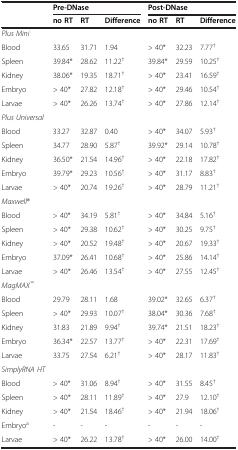
<table><thead><tr><td></td><td colspan="3"><b>Pre-DNase</b></td><td colspan="3"><b>Post-DNase</b></td></tr><tr><td></td><td><b>no RT</b></td><td><b>RT</b></td><td><b>Difference</b></td><td><b>no RT</b></td><td><b>RT</b></td><td><b>Difference</b></td></tr></thead><tbody><tr><td><i>Plus Mini</i></td><td></td><td></td><td></td><td></td><td></td><td></td></tr><tr><td>Blood</td><td>33.65</td><td>31.71</td><td>1.94</td><td>&gt; 40*</td><td>32.23</td><td>7.77<sup>†</sup></td></tr><tr><td>Spleen</td><td>39.84*</td><td>28.62</td><td>11.22<sup>†</sup></td><td>39.84*</td><td>29.59</td><td>10.25<sup>†</sup></td></tr><tr><td>Kidney</td><td>38.06*</td><td>19.35</td><td>18.71<sup>†</sup></td><td>&gt; 40*</td><td>23.41</td><td>16.59<sup>†</sup></td></tr><tr><td>Embryo</td><td>&gt; 40*</td><td>27.82</td><td>12.18<sup>†</sup></td><td>&gt; 40*</td><td>29.46</td><td>10.54<sup>†</sup></td></tr><tr><td>Larvae</td><td>&gt; 40*</td><td>26.26</td><td>13.74<sup>†</sup></td><td>&gt; 40*</td><td>27.86</td><td>12.14<sup>†</sup></td></tr><tr><td><i>Plus Universal</i></td><td></td><td></td><td></td><td></td><td></td><td></td></tr><tr><td>Blood</td><td>33.27</td><td>32.87</td><td>0.40</td><td>&gt; 40*</td><td>34.07</td><td>5.93<sup>†</sup></td></tr><tr><td>Spleen</td><td>34.77</td><td>28.90</td><td>5.87<sup>†</sup></td><td>39.92*</td><td>29.14</td><td>10.78<sup>†</sup></td></tr><tr><td>Kidney</td><td>36.50*</td><td>21.54</td><td>14.96<sup>†</sup></td><td>&gt; 40*</td><td>22.18</td><td>17.82<sup>†</sup></td></tr><tr><td>Embryo</td><td>39.79*</td><td>29.23</td><td>10.56<sup>†</sup></td><td>&gt; 40*</td><td>31.17</td><td>8.83<sup>†</sup></td></tr><tr><td>Larvae</td><td>&gt; 40*</td><td>20.74</td><td>19.26<sup>†</sup></td><td>&gt; 40*</td><td>28.79</td><td>11.21<sup>†</sup></td></tr><tr><td><i>Maxwell</i>®</td><td></td><td></td><td></td><td></td><td></td><td></td></tr><tr><td>Blood</td><td>&gt; 40*</td><td>34.19</td><td>5.81<sup>†</sup></td><td>&gt; 40*</td><td>34.84</td><td>5.16<sup>†</sup></td></tr><tr><td>Spleen</td><td>&gt; 40*</td><td>29.38</td><td>10.62<sup>†</sup></td><td>&gt; 40*</td><td>30.25</td><td>9.75<sup>†</sup></td></tr><tr><td>Kidney</td><td>&gt; 40*</td><td>20.52</td><td>19.48<sup>†</sup></td><td>&gt; 40*</td><td>20.67</td><td>19.33<sup>†</sup></td></tr><tr><td>Embryo</td><td>37.09*</td><td>26.41</td><td>10.68<sup>†</sup></td><td>&gt; 40*</td><td>25.86</td><td>14.14<sup>†</sup></td></tr><tr><td>Larvae</td><td>&gt; 40*</td><td>26.46</td><td>13.54<sup>†</sup></td><td>&gt; 40*</td><td>27.55</td><td>12.45<sup>†</sup></td></tr><tr><td><i>MagMAX</i><sup><i>TM</i></sup></td><td></td><td></td><td></td><td></td><td></td><td></td></tr><tr><td>Blood</td><td>29.79</td><td>28.11</td><td>1.68</td><td>39.02*</td><td>32.65</td><td>6.37<sup>†</sup></td></tr><tr><td>Spleen</td><td>&gt; 40*</td><td>29.93</td><td>10.07<sup>†</sup></td><td>38.04*</td><td>30.36</td><td>7.68<sup>†</sup></td></tr><tr><td>Kidney</td><td>31.83</td><td>21.89</td><td>9.94<sup>†</sup></td><td>39.74*</td><td>21.51</td><td>18.23<sup>†</sup></td></tr><tr><td>Embryo</td><td>36.34*</td><td>22.57</td><td>13.77<sup>†</sup></td><td>&gt; 40*</td><td>22.31</td><td>17.69<sup>†</sup></td></tr><tr><td>Larvae</td><td>33.75</td><td>27.54</td><td>6.21<sup>†</sup></td><td>&gt; 40*</td><td>28.17</td><td>11.83<sup>†</sup></td></tr><tr><td><i>SimplyRNA HT</i></td><td></td><td></td><td></td><td></td><td></td><td></td></tr><tr><td>Blood</td><td>&gt; 40*</td><td>31.06</td><td>8.94<sup>†</sup></td><td>&gt; 40*</td><td>31.55</td><td>8.45<sup>†</sup></td></tr><tr><td>Spleen</td><td>&gt; 40*</td><td>28.11</td><td>11.89<sup>†</sup></td><td>&gt; 40*</td><td>27.9</td><td>12.10<sup>†</sup></td></tr><tr><td>Kidney</td><td>&gt; 40*</td><td>21.54</td><td>18.46<sup>†</sup></td><td>&gt; 40*</td><td>21.94</td><td>18.06<sup>†</sup></td></tr><tr><td>Embryo<sup>a</sup></td><td>-</td><td>-</td><td>-</td><td>-</td><td>-</td><td>-</td></tr><tr><td>Larvae</td><td>&gt; 40*</td><td>26.22</td><td>13.78<sup>†</sup></td><td>&gt; 40*</td><td>26.00</td><td>14.00<sup>†</sup></td></tr></tbody></table>